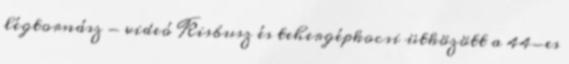
légtornász - videó Kisbusz és tehergépkocsi ütközött a 44-es